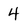
Character: 4